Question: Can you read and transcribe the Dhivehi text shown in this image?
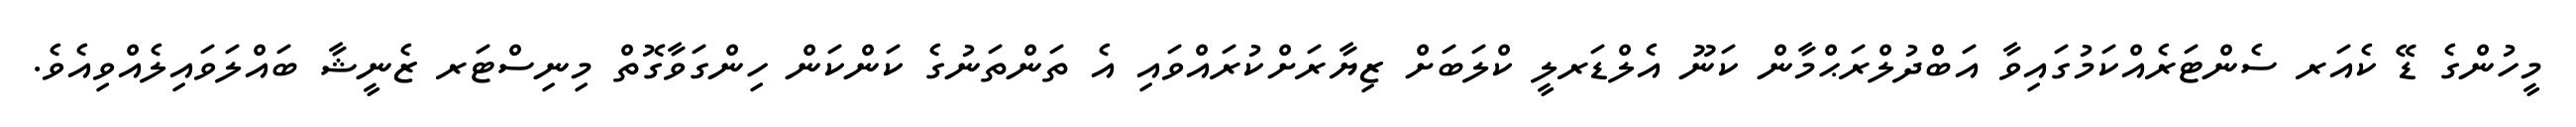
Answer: މީހުންގެ ޑޭ ކެއަރ ސެންޓަރެއްކަމުގައިވާ އަބްދުލްރަޙްމާން ކަނޫ އެލްޑަރލީ ކްލަބަށް ޒިޔާރަށްކުރައްވައި އެ ތަންތަނުގެ ކަންކަން ހިންގަވާގޮތް މިނިސްޓަރ ޒެނީޝާ ބައްލަވައިލެއްވިއެވެ.